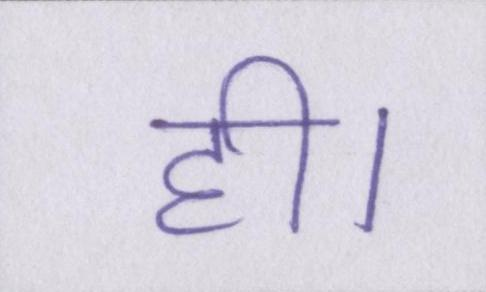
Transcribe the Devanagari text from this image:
ही।